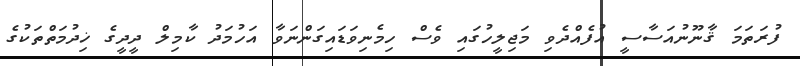
ފުރަތަމަ ޤާނޫނުއަސާސީ އުފެއްދެވި މަޖިލީހުގައި ވެސް ހިމެނިވަޑައިގަންނަވާ އަހުމަދު ކާމިލް ދީދީގެ ޚިދުމަތްތަކުގެ